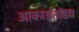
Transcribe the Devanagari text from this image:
आकाडतांडव